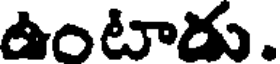
ఉంటారు.